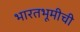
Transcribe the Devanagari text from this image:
भारतभूमीची